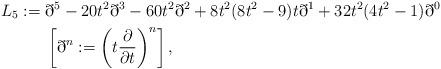
LaTeX: \begin{align*}L_5:={}&\eth^5-20t^2\eth^3-60t^{2}\eth^2+8t^2(8t^2-9)t\eth^1+32t^2(4t^2-1)\eth^0\\{}&\left[\eth^{n}:=\left(t\frac{\partial }{\partial t}\right)^n\right],\end{align*}